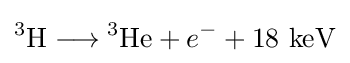
{}^{3}\mathrm {H} \longrightarrow {}^{3}\mathrm {He} +{e}^{-}+18\ \mathrm {keV}